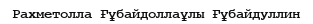
Рахметолла Ғұбайдоллаұлы Ғұбайдуллин